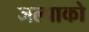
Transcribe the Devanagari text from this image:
जल्पाको